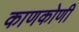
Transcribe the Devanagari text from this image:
काणकोणी